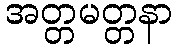
အတ္တမတ္တနာ